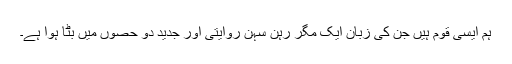
ہم ایسی قوم ہیں جن کی زبان ایک مگر رہن سہن روایتی اور جدید دو حصوں میں بٹا ہوا ہے۔